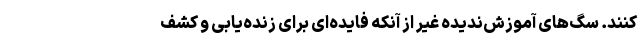
‌کنند. سگ‌های آموزش‌ندیده غیر از آنکه فایده‌ای برای زنده‌یابی و کشف